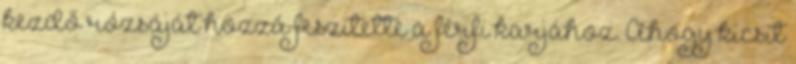
kezdő rózsáját hozzá feszítette a férfi karjához. Ahogy kicsit